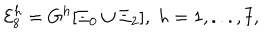
{ \cal E } _ { 8 } ^ { h } = G ^ { h } [ \Xi _ { 0 } \cup \Xi _ { 2 } ] , \; h = 1 , . . . , 7 ,